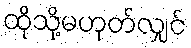
ထိုသို့မဟုတ်လျှင်